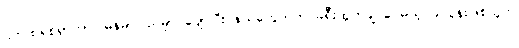
ပက်ထရစ်ရှာဟာ မြန်မာပြည်မှာ ပျော်ပြီး နယ်တွေဘက် ခရီးထွက်ချင်ပေမယ့် ခင်ပွန်းဖြစ်သူက